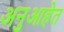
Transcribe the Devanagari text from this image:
अनुआहेत